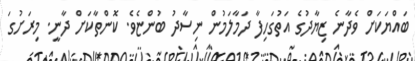
ބައްޔަކަށް ވެދާނެ ޒިޔާދުގެ އަތުގަހިފާ ދަމާލަމުން ނިސާދު ބުންޏެވެ. ކޮންތާކަށް ދާނީ. މިރަށުގަ